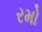
રમો